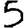
Digit: 5